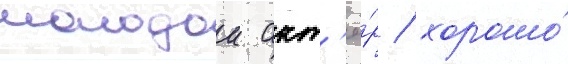
молодои акт'ё́р / хорошо́